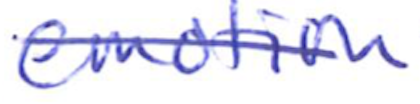
Text: emotion
Cross-out: diagonal
Writing tool: ballpoint